Annual report of the Imperial Bacteriological Laboratory, Muktesar
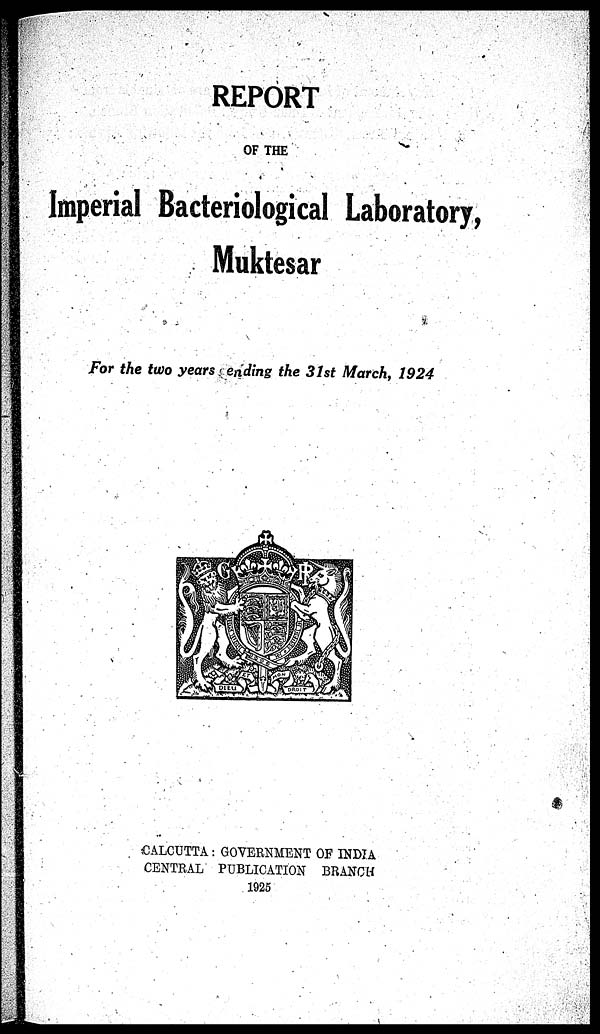
REPORT
OF THE
Imperial Bacteriological Laboratory,
Muktesar
For the two years ending the 31st March, 1924
CALCUTTA : GOVERNMENT OF INDIA
CENTRAL PUBLICATION BRANCH
1925